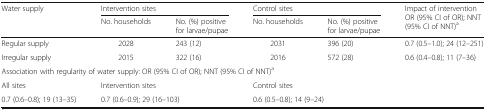
| <ROWSPAN=2> Water supply | <COLSPAN=2> Intervention sites | <COLSPAN=2> Control sites | <ROWSPAN=2> Impact of interventionOR (95% CI of OR); NNT (95% CI of NNT)a |
 | No. households | No. (%) positive for larvae/pupae | No. households | No. (%) positive for larvae/pupae |
 | --- | --- | --- | --- | --- | --- |
 | Regular supply | 2028 | 243 (12) | 2031 | 396 (20) | 0.7 (0.5–1.0); 24 (12–251) |
 | Irregular supply | 2015 | 322 (16) | 2016 | 572 (28) | 0.6 (0.4–0.8); 11 (7–36) |
 | <COLSPAN=6> Association with regularity of water supply: OR (95% CI of OR); NNT (95% CI of NNT)a |
 | All sites | <COLSPAN=2> Intervention sites | <COLSPAN=2> Control sites |  |
 | 0.7 (0.6–0.8); 19 (13–35) | <COLSPAN=2> 0.7 (0.6–0.9); 29 (16–103) | <COLSPAN=2> 0.6 (0.5–0.8); 14 (9–24) |  |